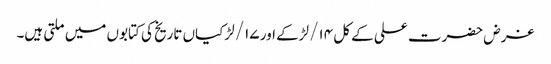
غرض حضرت علی کے کل ۱۴/ لڑکے اور ۱۷/ لڑکیاں تاریخ کی کتابوں میں ملتی ہیں۔